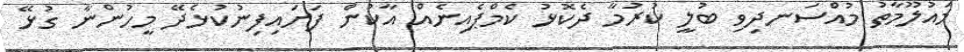
މައުލޫމާތު މުއްސަނދިވި ބުލީ ކުރުމާ ދެކޮޅު ކެމްޕެއިނެއް އާކުން ފަށައިފިނުކުޅެދޭ މީހުންނާ ގުޅޭ